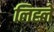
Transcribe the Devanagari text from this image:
लिह्ले